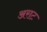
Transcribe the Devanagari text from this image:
अराट